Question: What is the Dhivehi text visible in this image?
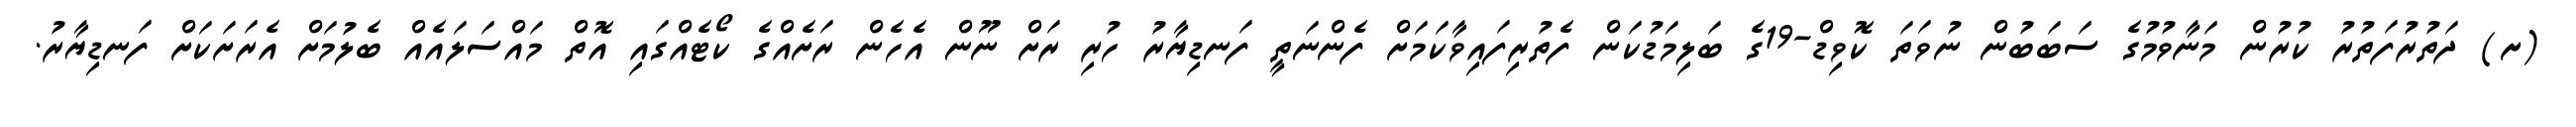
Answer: (ށ) ދަތުރުފަތުރު ކުރުން މަނާވުމުގެ ސަބަބުން ނުވަތަ ކޮވިޑް-19ގެ ބަލިމަޑުކަން ފެތުރިފައިވާކަމަށް ފެންނަތީ ފަނޑިޔާރު ހުރި ރަށް ނޫން އެހެން ރަށެއްގެ ކޯޓެއްގައި އޮތް މައްސަލައެއް ބެލުމަށް އެރަށަކަށް ފަނޑިޔާރު.